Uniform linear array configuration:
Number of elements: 64
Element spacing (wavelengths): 0.75
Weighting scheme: binomial
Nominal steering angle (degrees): -15
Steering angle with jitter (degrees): -13.432
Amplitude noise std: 0.05
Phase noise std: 0.05

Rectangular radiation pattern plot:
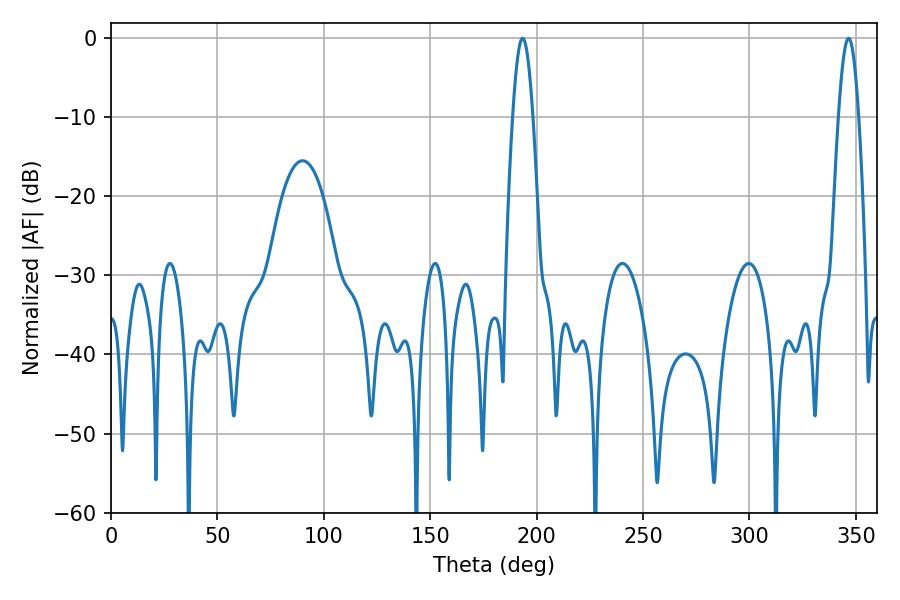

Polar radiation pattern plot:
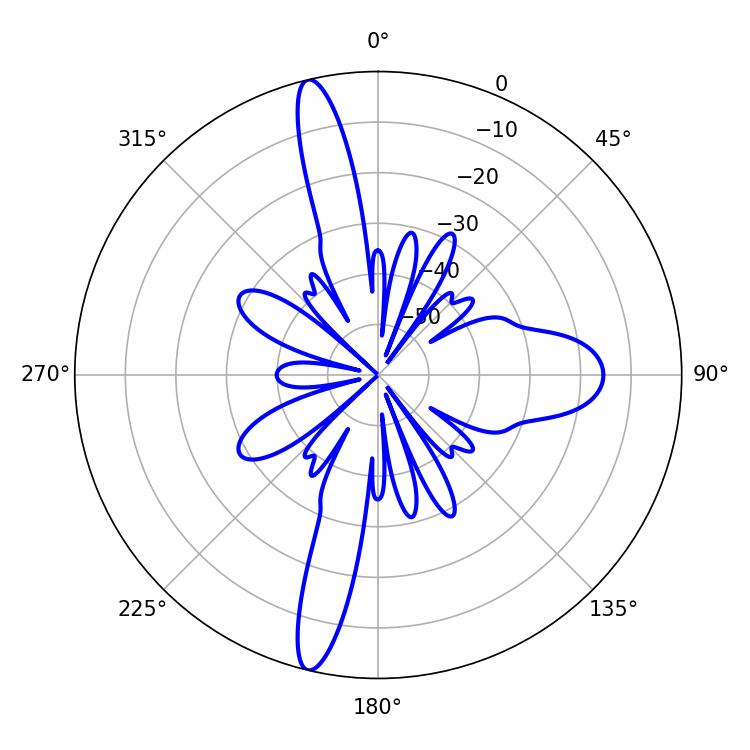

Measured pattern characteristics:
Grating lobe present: TRUE
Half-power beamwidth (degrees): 5.22
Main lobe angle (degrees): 193.5